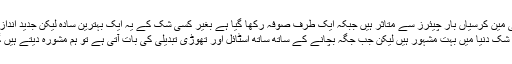
اسکی مین کرسیاں بار چیئرز سے متاثر ہیں جبکہ ایک طرف صوفہ رکھا گیا ہے بغیر کسی شک کے یہ ایک بہترین سادہ لیکن جدید انداز کا ٹیبل ہے
مستطیل بے شک دنیا میں بہت مشہور ہیں لیکن جب جگہ بچانے کے ساتھ ساتھ اسٹائل اور تھوڑی تبدیلی کی بات آتی ہے تو ہم مشورہ دیتے ہیں گول ٹیبل کا۔